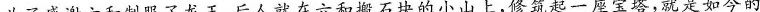
为了感谢六和制服了龙王，后人就在六和搬石块的小山上，修筑起一座宝塔，就是如今的